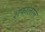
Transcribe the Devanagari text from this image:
शेफालीने